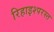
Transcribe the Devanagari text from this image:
रिहाइश्परस्त